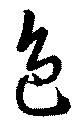
色